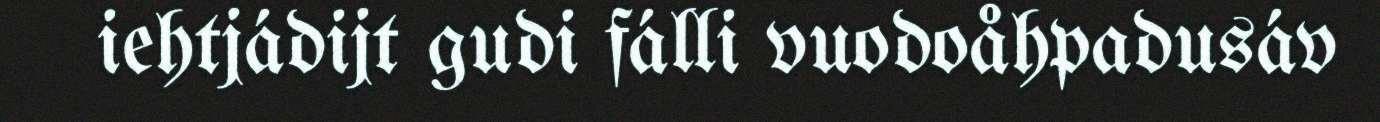
iehtjádijt gudi fálli vuodoåhpadusáv